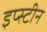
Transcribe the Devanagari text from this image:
इप्स्टीन